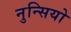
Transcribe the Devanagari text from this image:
नुन्सियो